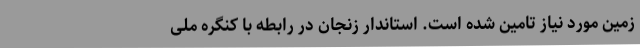
زمین مورد نیاز تامین شده است. استاندار زنجان در رابطه با کنگره ملی